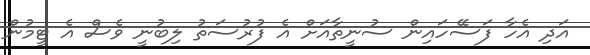
އަދި އެހާ ފަސޭހައިން ސުނީތާއަށް އެ ފުރުސަތު ލިބުނީ ވެސް އެ ޓީމުން